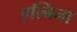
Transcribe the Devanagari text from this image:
एल्बिना